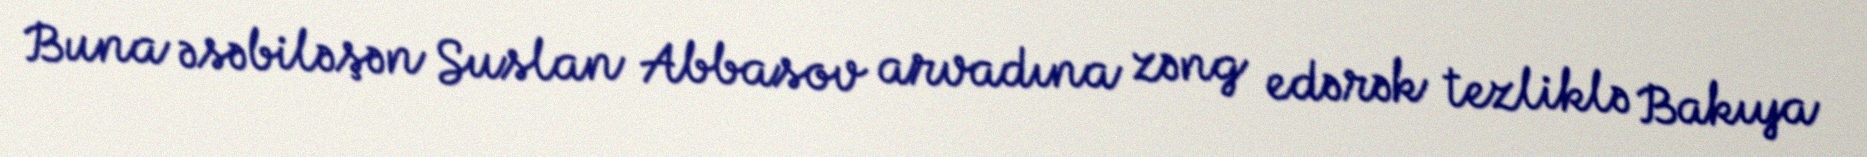
Buna əsəbiləşən Suslan Abbasov arvadına zəng edərək tezliklə Bakıya